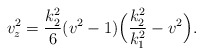
\begin{align*}v_z^2 = \frac{k_2^2}{6}(v^2-1)\Big(\frac{k_2^2}{k_1^2}-v^2\Big).\end{align*}